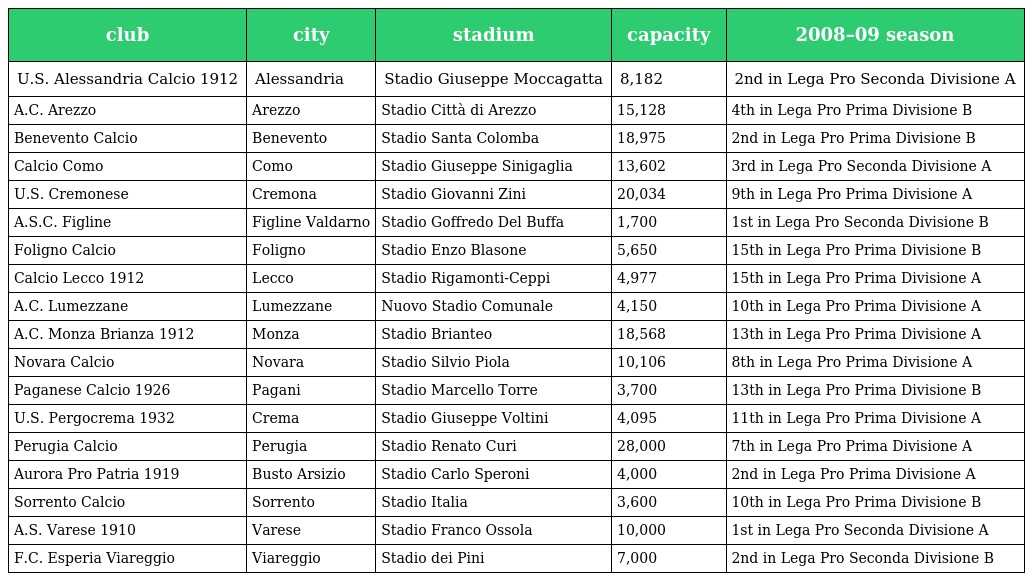
| club | city | stadium | capacity | 2008–09 season |
 | --- | --- | --- | --- | --- |
 | U.S. Alessandria Calcio 1912 | Alessandria | Stadio Giuseppe Moccagatta | 8,182 | 2nd in Lega Pro Seconda Divisione A |
 | A.C. Arezzo | Arezzo | Stadio Città di Arezzo | 15,128 | 4th in Lega Pro Prima Divisione B |
 | Benevento Calcio | Benevento | Stadio Santa Colomba | 18,975 | 2nd in Lega Pro Prima Divisione B |
 | Calcio Como | Como | Stadio Giuseppe Sinigaglia | 13,602 | 3rd in Lega Pro Seconda Divisione A |
 | U.S. Cremonese | Cremona | Stadio Giovanni Zini | 20,034 | 9th in Lega Pro Prima Divisione A |
 | A.S.C. Figline | Figline Valdarno | Stadio Goffredo Del Buffa | 1,700 | 1st in Lega Pro Seconda Divisione B |
 | Foligno Calcio | Foligno | Stadio Enzo Blasone | 5,650 | 15th in Lega Pro Prima Divisione B |
 | Calcio Lecco 1912 | Lecco | Stadio Rigamonti-Ceppi | 4,977 | 15th in Lega Pro Prima Divisione A |
 | A.C. Lumezzane | Lumezzane | Nuovo Stadio Comunale | 4,150 | 10th in Lega Pro Prima Divisione A |
 | A.C. Monza Brianza 1912 | Monza | Stadio Brianteo | 18,568 | 13th in Lega Pro Prima Divisione A |
 | Novara Calcio | Novara | Stadio Silvio Piola | 10,106 | 8th in Lega Pro Prima Divisione A |
 | Paganese Calcio 1926 | Pagani | Stadio Marcello Torre | 3,700 | 13th in Lega Pro Prima Divisione B |
 | U.S. Pergocrema 1932 | Crema | Stadio Giuseppe Voltini | 4,095 | 11th in Lega Pro Prima Divisione A |
 | Perugia Calcio | Perugia | Stadio Renato Curi | 28,000 | 7th in Lega Pro Prima Divisione A |
 | Aurora Pro Patria 1919 | Busto Arsizio | Stadio Carlo Speroni | 4,000 | 2nd in Lega Pro Prima Divisione A |
 | Sorrento Calcio | Sorrento | Stadio Italia | 3,600 | 10th in Lega Pro Prima Divisione B |
 | A.S. Varese 1910 | Varese | Stadio Franco Ossola | 10,000 | 1st in Lega Pro Seconda Divisione A |
 | F.C. Esperia Viareggio | Viareggio | Stadio dei Pini | 7,000 | 2nd in Lega Pro Seconda Divisione B |